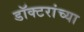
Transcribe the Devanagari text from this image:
डॉक्‍टरांच्या